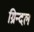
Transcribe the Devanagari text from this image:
ग्रिन्दल